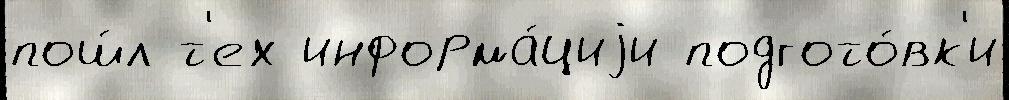
пош́л т'ех информа́циjи подгото́вк'и